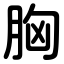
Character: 胸